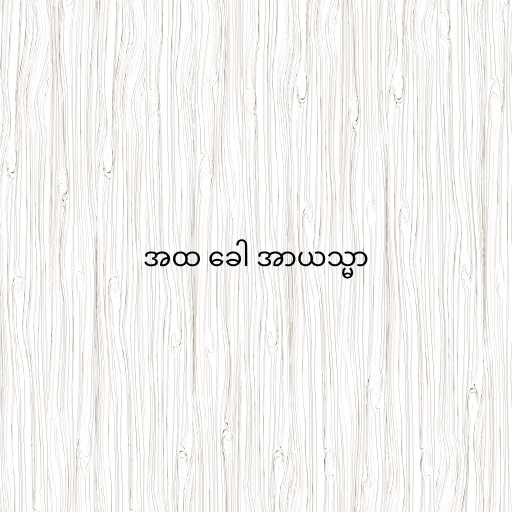
အထ ခေါ အာယသ္မာ